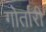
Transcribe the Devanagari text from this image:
गोर्तारी